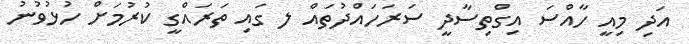
އަދި މިއީ ހާއްސަ އިގްތިސާދީ ސަރަހައްދުތައް ލ ގައި ތަރައްގީ ކުރުމަށް ހުޅުވުނު